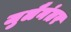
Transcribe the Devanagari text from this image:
जुलैनंतर